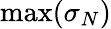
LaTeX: \operatorname*{max}(\sigma_{N})